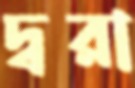
দ্বরা